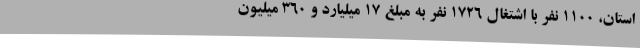
استان، 1100 نفر با اشتغال 1726 نفر به مبلغ 17 میلیارد و 360 میلیون